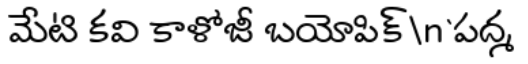
మేటి కవి కాళోజీ బయోపిక్\n`పద్మ